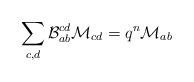
LaTeX: \begin{align*} \sum_{c,d}\mathcal{B}^{cd}_{ab}\mathcal{M}_{cd}=q^{n}\mathcal{M}_{ab}\end{align*}